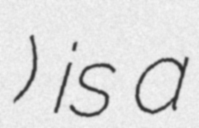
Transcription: Умка) is a